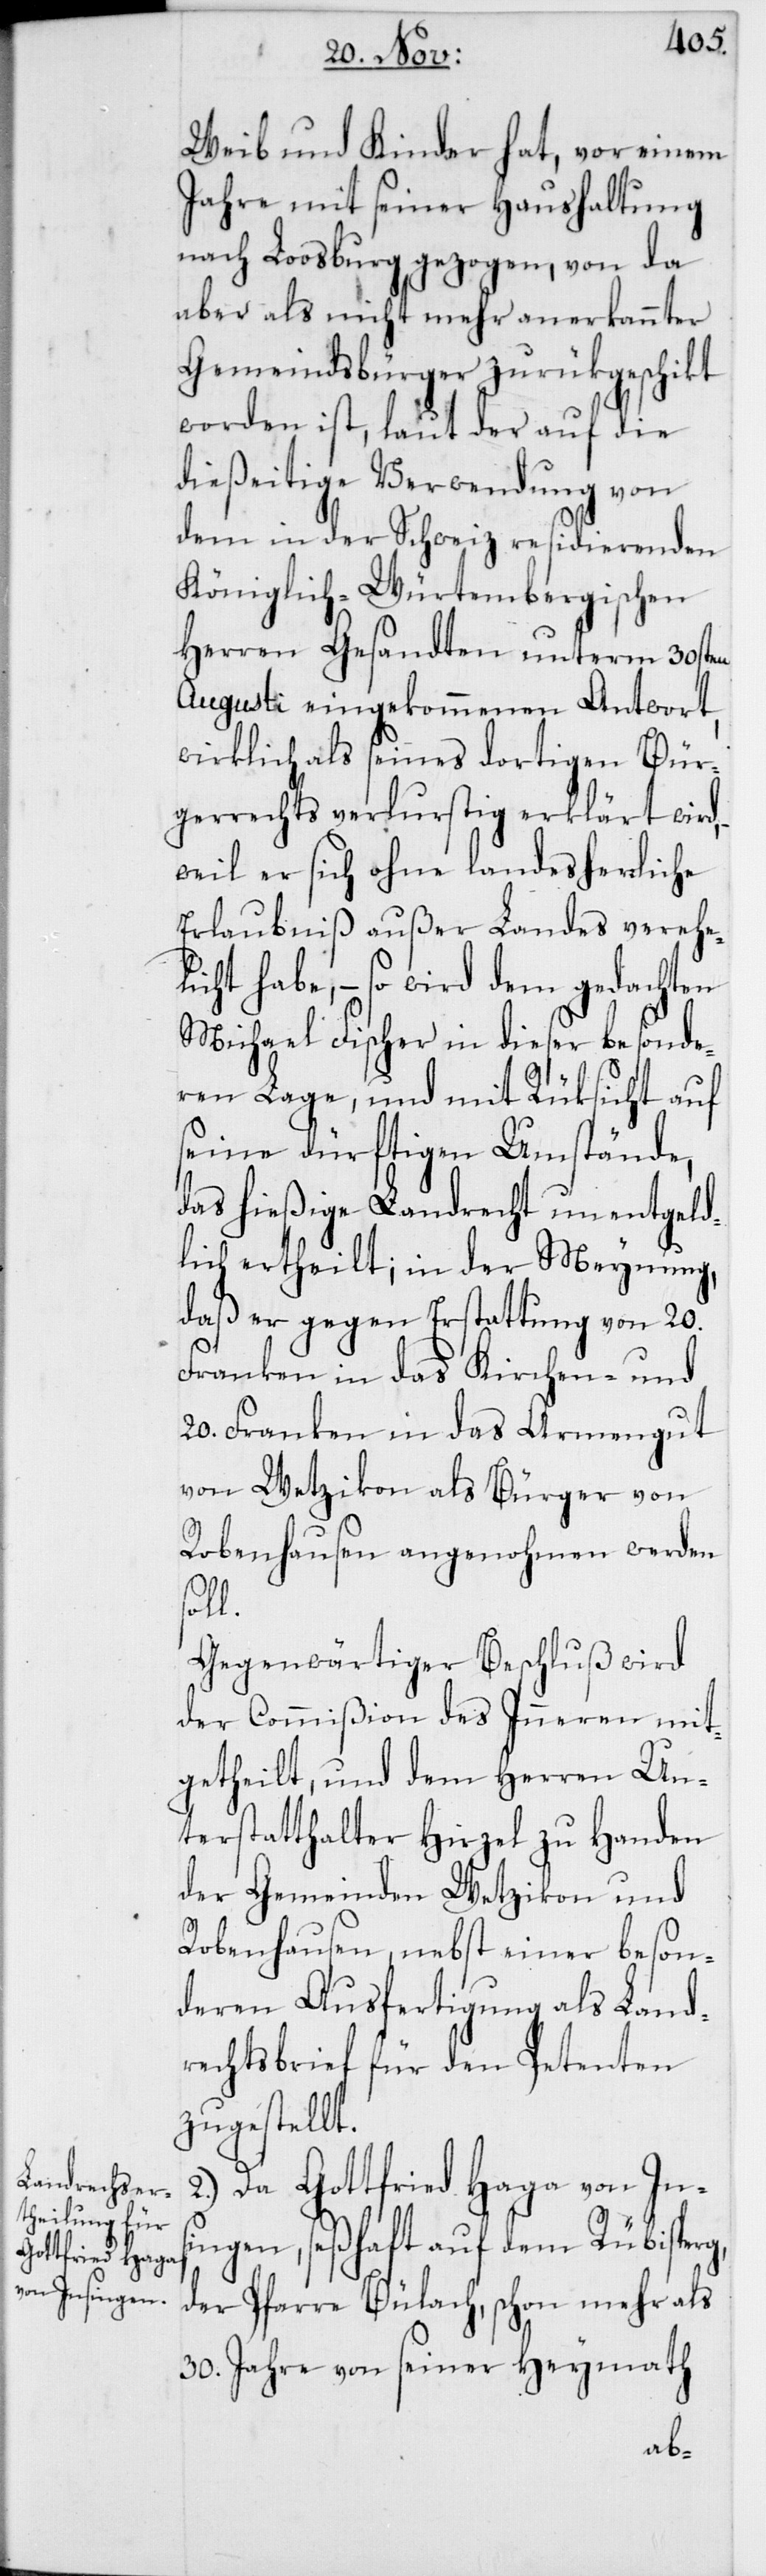
Weib und Kinder hat, vor einem
Jahre mit seiner Haushaltung
nach Loosburg gezogen, von da
aber als nicht mehr anerkannter
Gemeindsbürger zurükgeschikt
worden ist, laut der auf die
dießeitige Verwendung von
dem in der Schweiz residierenden
Königlich-Würtembergischen
Herren Gesandten unterm 30sten
Augusti eingekommenen Antwort,
wirklich als seines dortigen Bür¬
gerrechts verlurstig erklärt wird,
weil er sich ohne landesherrliche
Erlaubniß außer Landes verehe¬
licht habe, – so wird dem gedachten
Michael Fischer in dieser besonde¬
ren Lage, und mit Rüksicht auf
seine dürftigen Umstände,
das hießige Landrecht unentgeld¬
lich ertheilt; in der Meynung,
daß er gegen Erstattung von 20.
Franken in das Kirchen- und
20. Franken in das Armengut
von Wetzikon als Bürger von
Robenhausen angenohmen werden
soll.
Gegenwärtiger Beschluß wird
der Commißion des Inneren mit¬
getheilt, und dem Herren Un¬
terstatthalter Hirzel zu Handen
der Gemeinden Wetzikon und
Robenhausen, nebst einer beson¬
deren Ausfertigung als Land¬
rechtsbrief für den Petenten
zugestellt.
2. Da Gottfried Haga von In¬
singen, seßhaft auf dem Rübisperg,
der Pfarre Bülach, schon mehr als
30. Jahre von seiner Heymath